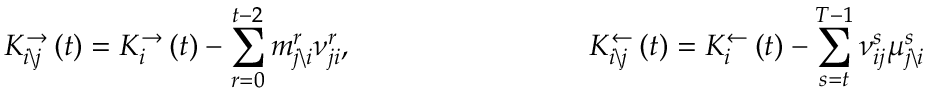
K _ { i \backslash j } ^ { \rightarrow } \left( t \right) = K _ { i } ^ { \rightarrow } \left( t \right) - \sum _ { r = 0 } ^ { t - 2 } m _ { j \backslash i } ^ { r } \nu _ { j i } ^ { r } , \qquad \qquad \qquad \qquad K _ { i \backslash j } ^ { \leftarrow } \left( t \right) = K _ { i } ^ { \leftarrow } \left( t \right) - \sum _ { s = t } ^ { T - 1 } \nu _ { i j } ^ { s } \mu _ { j \backslash i } ^ { s }